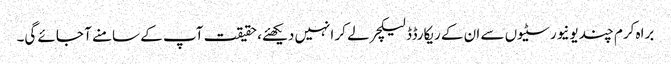
براہ کرم چند یونیورسٹیوں سے ان کے ریکارڈڈ لیکچر لے کر انہیں دیکھئے، حقیقت آپ کے سامنے آ جائے گی۔